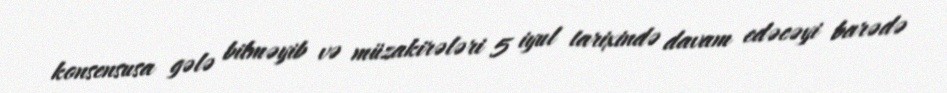
konsensusa gələ bilməyib və müzakirələri 5 iyul tarixində davam edəcəyi barədə